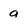
Character: q